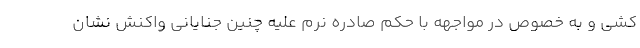
کشی و به خصوص در مواجهه با حکم صادره نرم علیه چنین جنایانی واکنش نشان